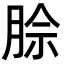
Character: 𪱡